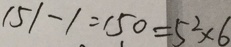
1 5 1 - 1 = 1 5 0 = 5 ^ { 2 } \times 6